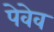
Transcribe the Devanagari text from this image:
पेवेव